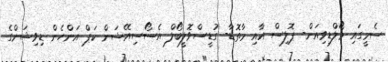
ސެމީގައި މޯލްޑިވިއަން- ޕޮލިސް އާއި މާތޮޑާ- ގުޑީސްވޮލީބޯލް އެސޯސިއޭޝަން ކަޕް އަންހެން ޑިވިޝަންގެ